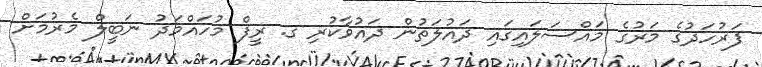
ފަރުހަދުގެ މަރުގެ މައްސަލައިގައި ދައުލަތުން ދައުވާކުރި ގ. ރީފް މުހައްމަދު ނަބީލް މެރުމަށް